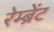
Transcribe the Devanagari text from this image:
रेम्ब्रेंट